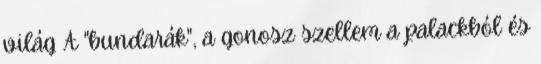
világ A "bundarák", a gonosz szellem a palackból és